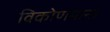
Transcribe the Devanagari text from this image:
विकोणमान।